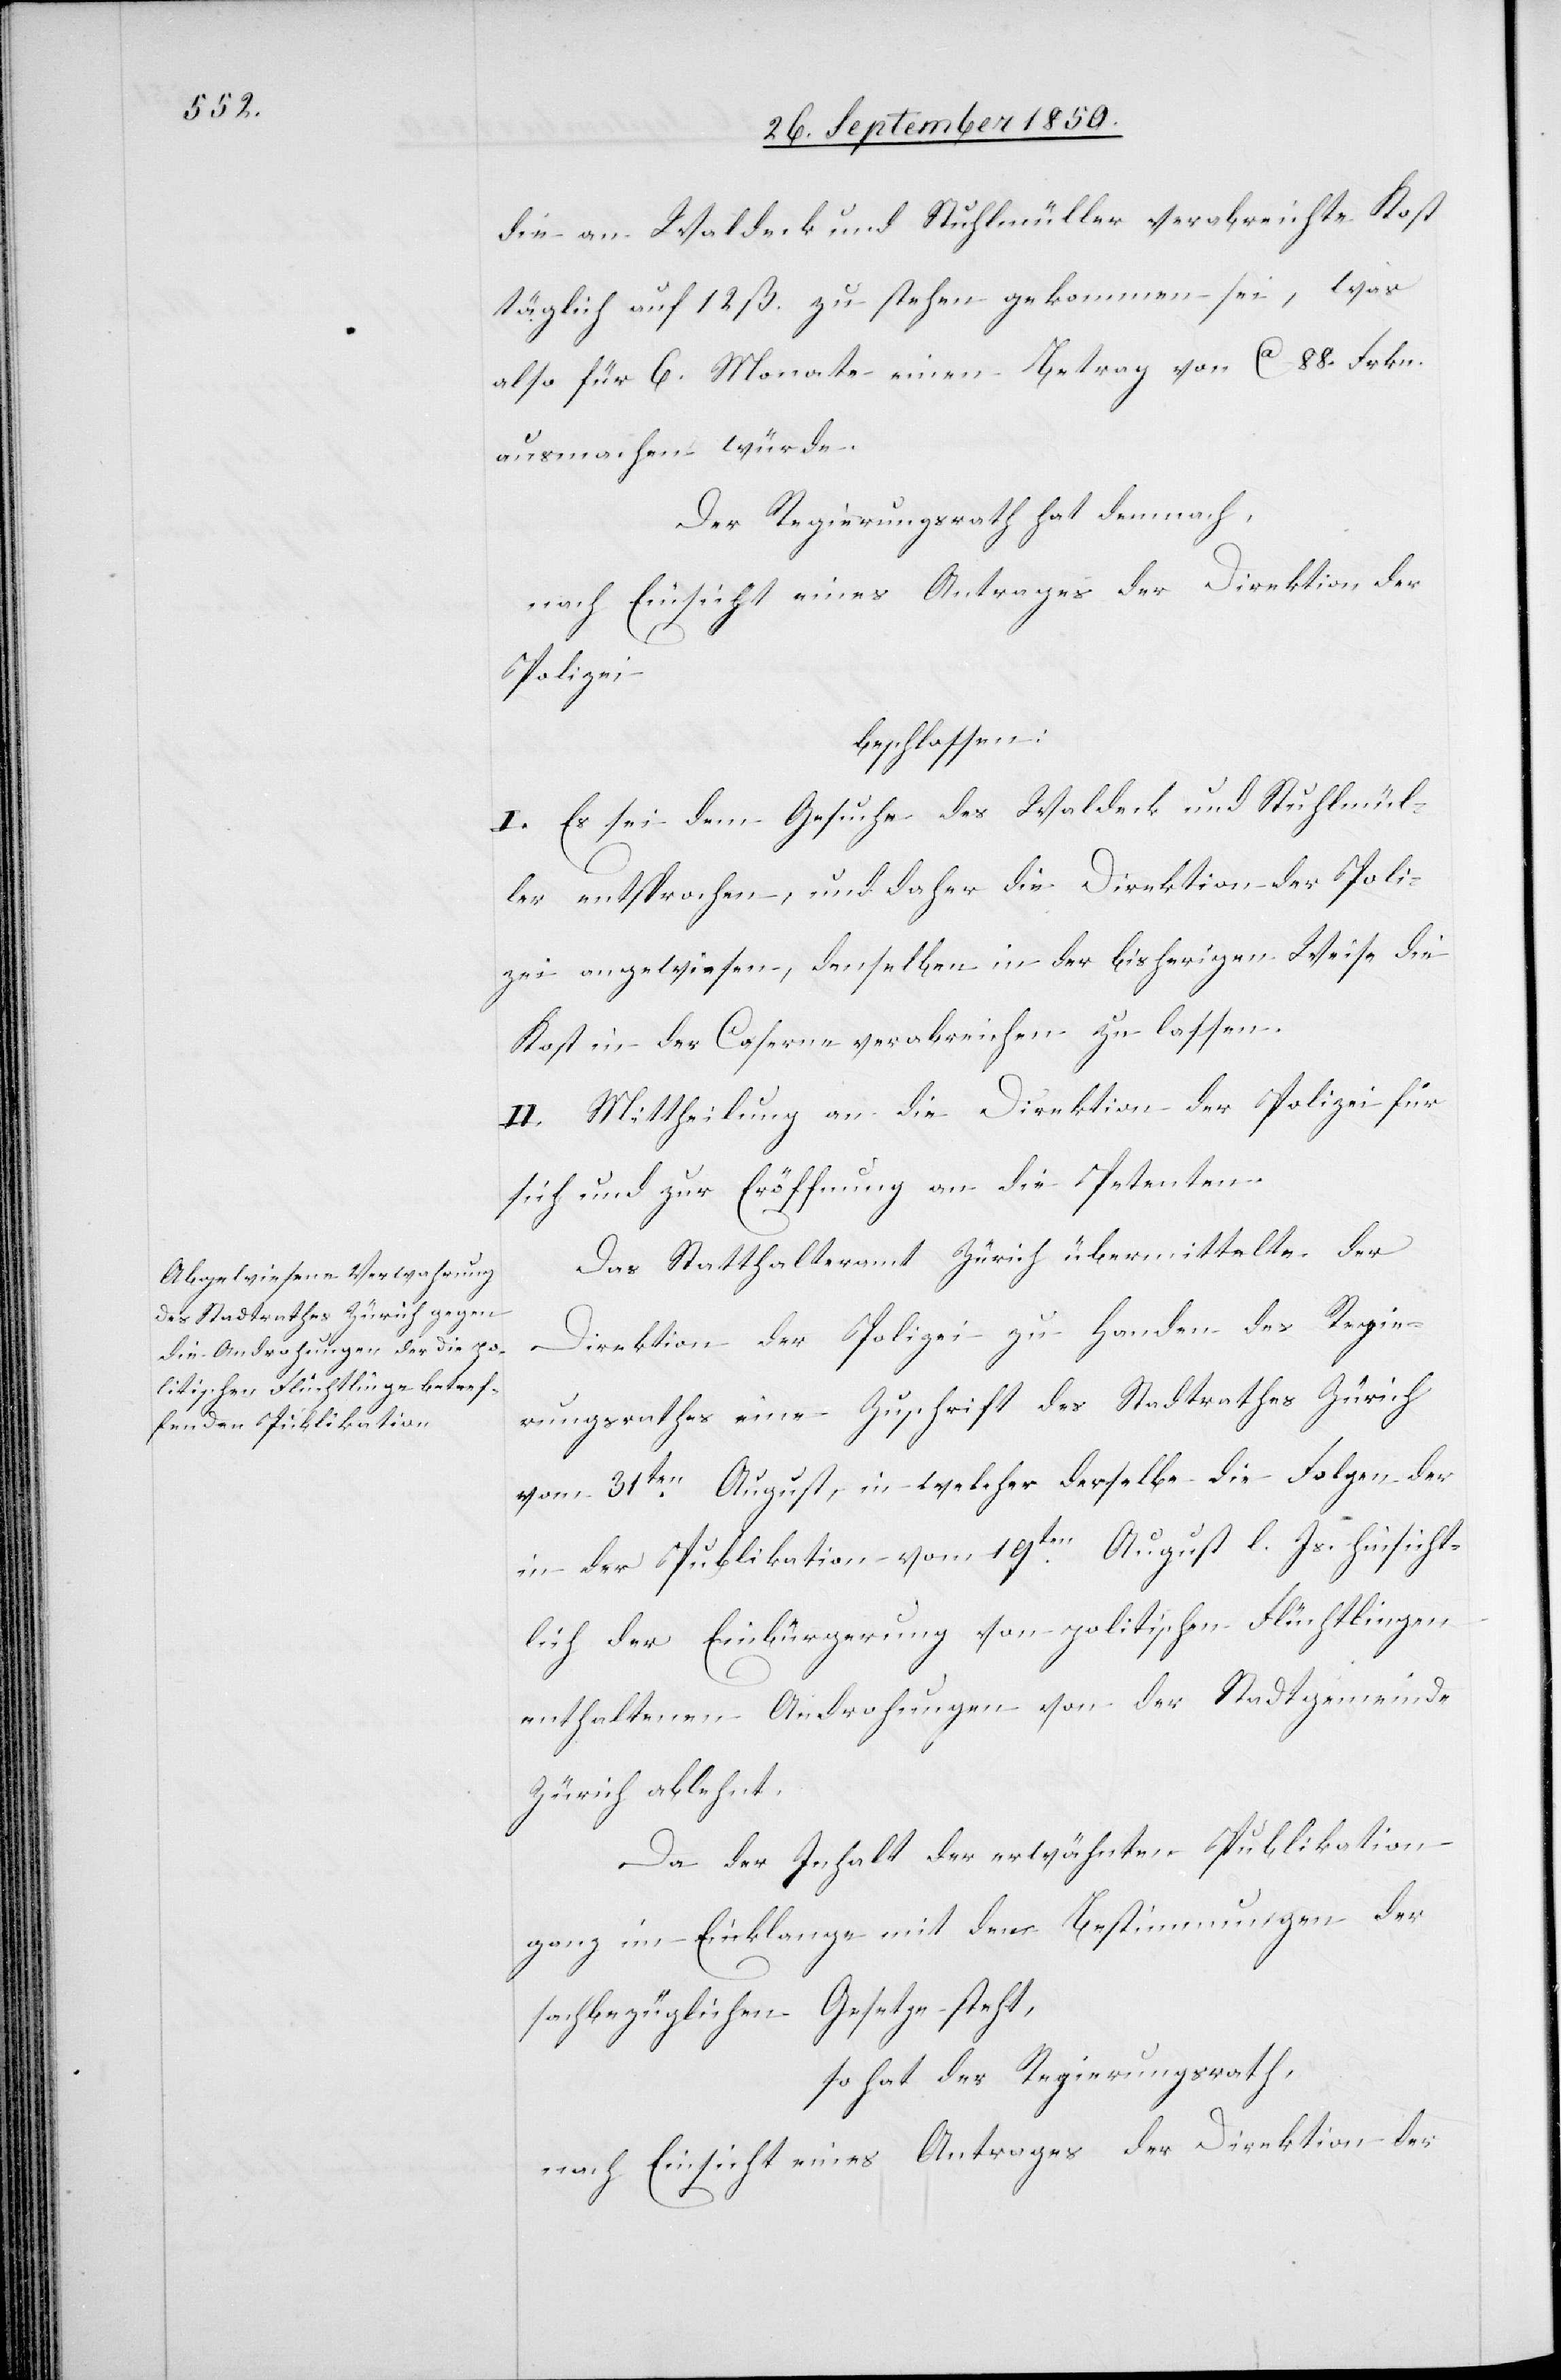
die an Waldeck und Stühlmüller verabreichte Kost
täglich auf 12 ß. zu stehen gekommen sei, was
also für 6. Monate einen Betrag von ca 88. Frkn.
ausmachen würde.
Der Regierungsrath hat demnach,
nach Einsicht eines Antrages der Direktion der
Polizei
beschlossen:
I. Es sei dem Gesuche des Waldeck und Stuhlmül¬
ler entsprochen, und daher die Direktion der Poli¬
zei angewiesen, denselben in der bisherigen Weise die
Kost in der Caserne verabreichen zu lassen.
II. Mittheilung an die Direktion der Polizei für
sich und zur Eröffnung an die Petenten.
Das Statthalteramt Zürich übermittelte der
Direktion der Polizei zu Handen des Regie¬
rungsrathes eine Zuschrift des Stadtrathes Zürich
vom 31ten August, in welcher derselbe die Folgen der
in der Publikation vom 10ten August l. Js. hinsicht¬
lich der Einbürgerung von politischen Flüchtlingen
enthaltenen Androhungen von der Stadtgemeinde
Zürich ablehnt.
Da der Inhalt der erwähnten Publikation
ganz im Einklange mit den Bestimmungen der
sachbezüglichen Gesetze steht,
so hat der Regierungsrath,
nach Einsicht eines Antrages der Direktion der